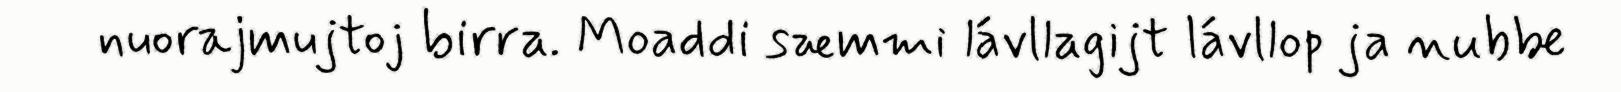
nuorajmujtoj birra. Moaddi sæmmi lávllagijt lávllop ja nubbe